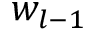
w _ { l - 1 }